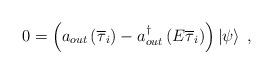
LaTeX: \begin{align*}0=\left(a_{out}\left(\overline{\tau}_i\right)-a_{out}^{\dagger}\left(E\overline{\tau}_i\right)\right)\left|\psi\right>\;,\end{align*}